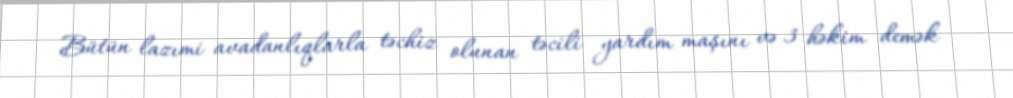
Bütün lazımi avadanlıqlarla təchiz olunan təcili yardım maşını və 3 həkim demək